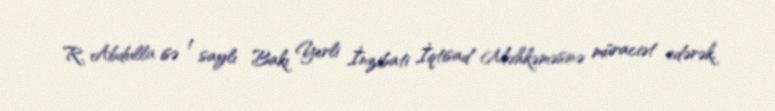
R. Abdulla isə 1 saylı Bakı Yerli İnzibati İqtisad Məhkəməsinə müraciət edərək,